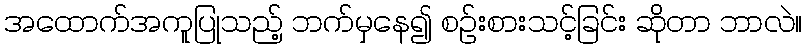
အထောက်အကူပြုသည့် ဘက်မှနေ၍ စဉ်းစားသင့်ခြင်း ဆိုတာ ဘာလဲ။